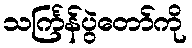
သင်္ကြန်ပွဲတော်ကို